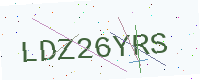
Text: LDZ26YRS